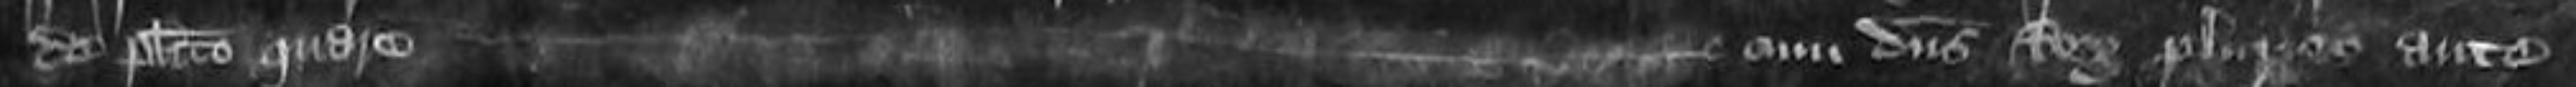
de placito quare cum dominus Rex pluries ante